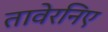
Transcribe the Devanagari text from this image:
तावेरनिए